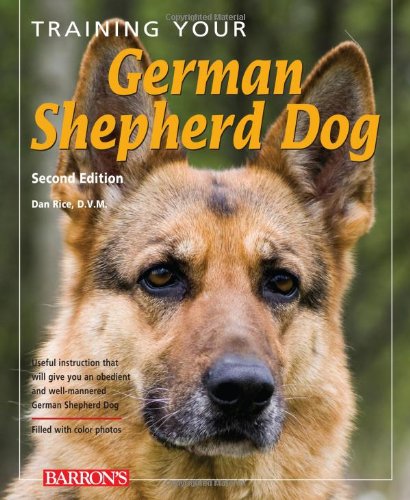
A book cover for Training Your German Shepherd Dog (Training Your Dog Series); Dan Rice D.V.M.; Crafts, Hobbies & Home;